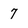
Character: 7